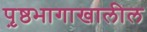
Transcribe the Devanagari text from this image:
पृ़ष्ठभागाखालील